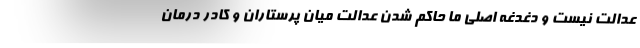
عدالت نیست و دغدغه اصلی ما حاکم شدن عدالت میان پرستاران و کادر درمان